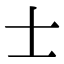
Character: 士